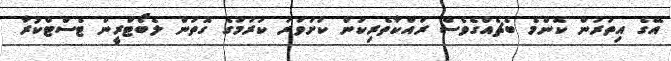
އޭގެ އިތުރުން ކޮންމެ ބެޗެއްގެވެސް ރައްކާތެރިކަން ކަށަވަރު ކުރުމުގެ ގޮތުން ލެބޯޓްރީން ޓެސްޓްކުރާ